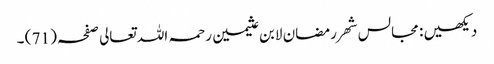
دیکھیں : مجالس شھر رمضان لابن عثیمین رحمہ اللہ تعالی صفحہ ( 71 ) ۔